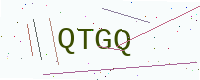
Text: QTGQ